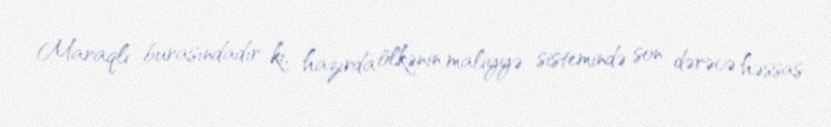
Maraqlı burasındadır ki, hazırda ölkənin maliyyə sistemində son dərəcə həssas